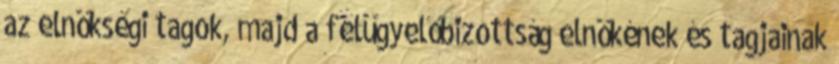
az elnökségi tagok, majd a felügyelőbizottság elnökének és tagjainak